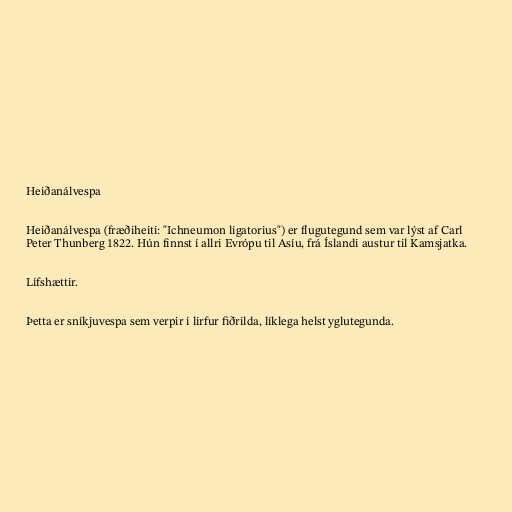
Heiðanálvespa

Heiðanálvespa (fræðiheiti: "Ichneumon ligatorius") er flugutegund sem var lýst af Carl
Peter Thunberg 1822. Hún finnst í allri Evrópu til Asíu, frá Íslandi austur til Kamsjatka.

Lífshættir.

Þetta er sníkjuvespa sem verpir í lirfur fiðrilda, líklega helst yglutegunda.